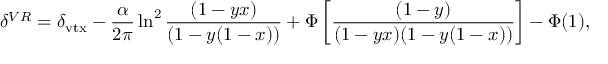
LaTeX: \delta ^ { V R } = \delta _ { \mathrm { v t x } } - { \frac { \alpha } { 2 \pi } } \ln ^ { 2 } { \frac { ( 1 - y x ) } { ( 1 - y ( 1 - x ) ) } } + \Phi \left[ { \frac { ( 1 - y ) } { ( 1 - y x ) ( 1 - y ( 1 - x ) ) } } \right] - \Phi ( 1 ) ,